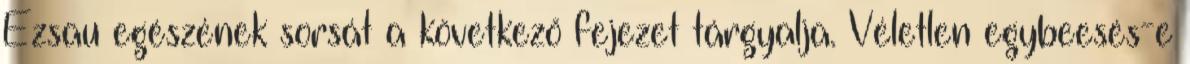
Ézsau egészének sorsát a következő fejezet tárgyalja. Véletlen egybeesés-e